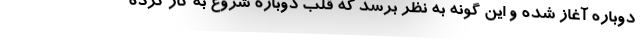
دوباره آغاز شده و این گونه به نظر برسد که قلب دوباره شروع به کار کرده